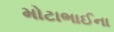
મોટાભાઈના